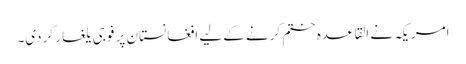
امریکہ نے القاعدہ ختم کرنے کے لیے افغانستان پر فوجی یلغار کردی۔